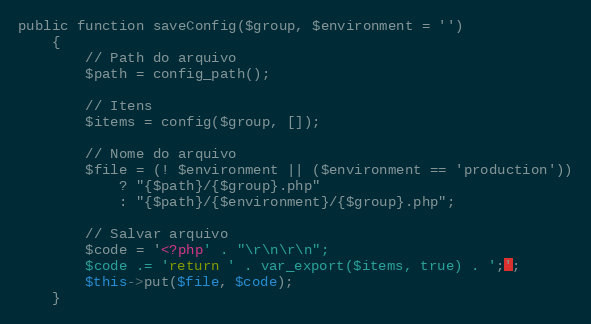
Language: PHP
public function saveConfig($group, $environment = '')
    {
        // Path do arquivo
        $path = config_path();

        // Itens
        $items = config($group, []);

        // Nome do arquivo
        $file = (! $environment || ($environment == 'production'))
            ? "{$path}/{$group}.php"
            : "{$path}/{$environment}/{$group}.php";

        // Salvar arquivo
        $code = '<?php' . "\r\n\r\n";
        $code .= 'return ' . var_export($items, true) . ';';
        $this->put($file, $code);
    }